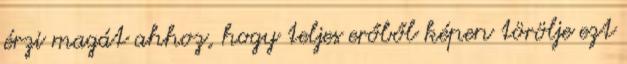
érzi magát ahhoz, hogy teljes erőből képen törölje ezt